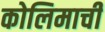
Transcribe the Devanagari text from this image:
कोलिमाची